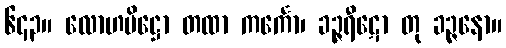
၆၄၃။ လောဟပိဋ္ဌော တထာ ကင်္ကော၊ ခဉ္ဇရီဋော တု ခဉ္ဇနော။